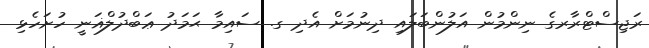
ރަޖިސްޓްރާރގެ ނިންމުން އަލުންބަލައި ދިނުމަށް އެދި ގ. ސައިމާ ޙަމަދު ޢަބްދުލްޣަނީ ހުށަހެޅި